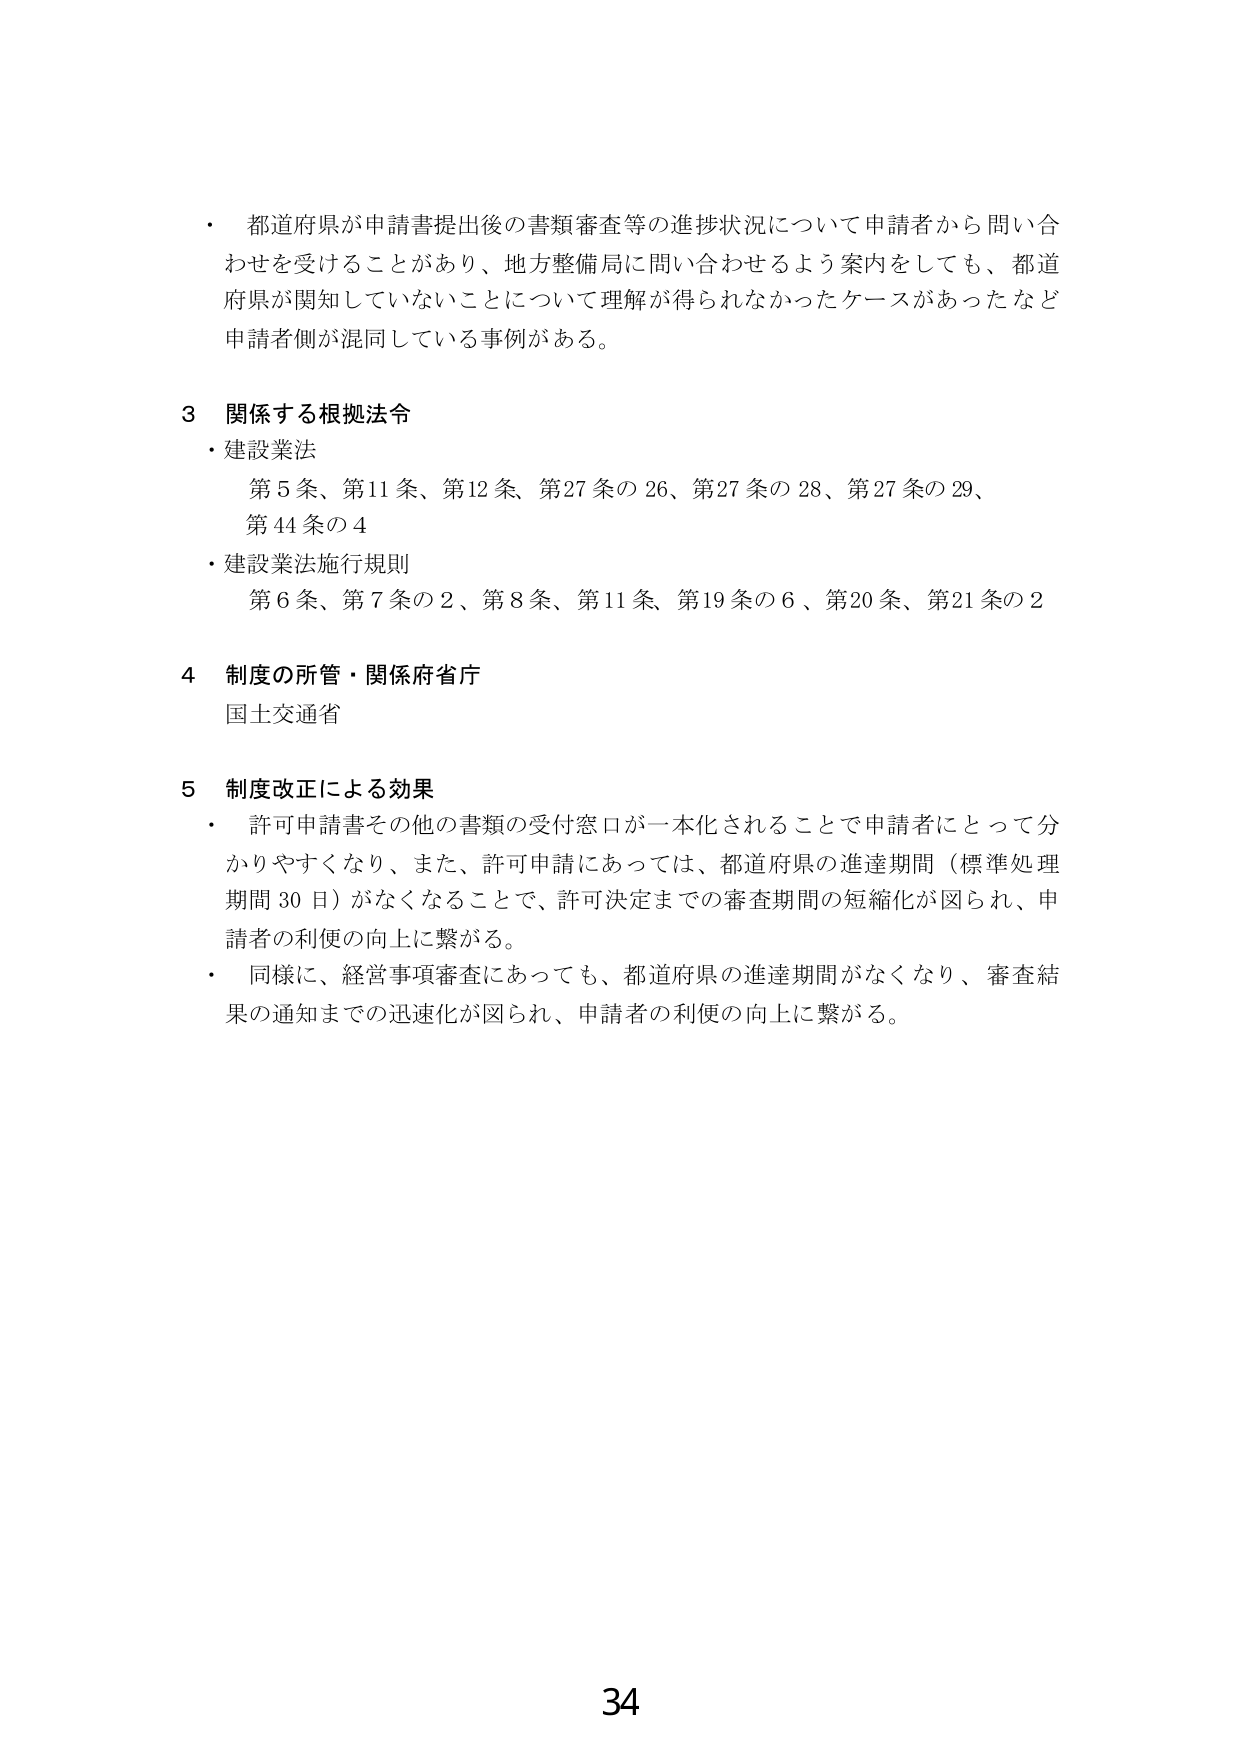
・ 都道府県が申請書提出後の書類審査等の進捗状況について申請者から問い合わせを受けることがあり、地方整備局に問い合わせせるよう案内をしても、都道府県が関知していないことについて理解が得られなかったケースがあったなど申請者側が混同している事例がある。

3 関係する根拠法令
・ 建設業法
　第5条、第11条、第12条、第27条の26、第27条の28、第27条の29、
　第44条の4
・ 建設業法施行規則
　第6条、第7条の2、第8条、第11条、第19条の6、第20条、第21条の2

4 制度の所管・関係府省庁
国土交通省

5 制度改正による効果
・ 許可申請書その他の書類の受付窓口が一本化されることで申請者にとって分かりやすくなり、また、許可申請にあっては、都道府県の進達期間（標準処理期間30日）がなくなることで、許可決定までの審査期間の短縮化が図られ、申請者の利便の向上に繋がる。
・ 同様に、経営事項審査にあっても、都道府県の進達期間がなくなり、審査結果の通知までの迅速化が図られ、申請者の利便の向上に繋がる。

34